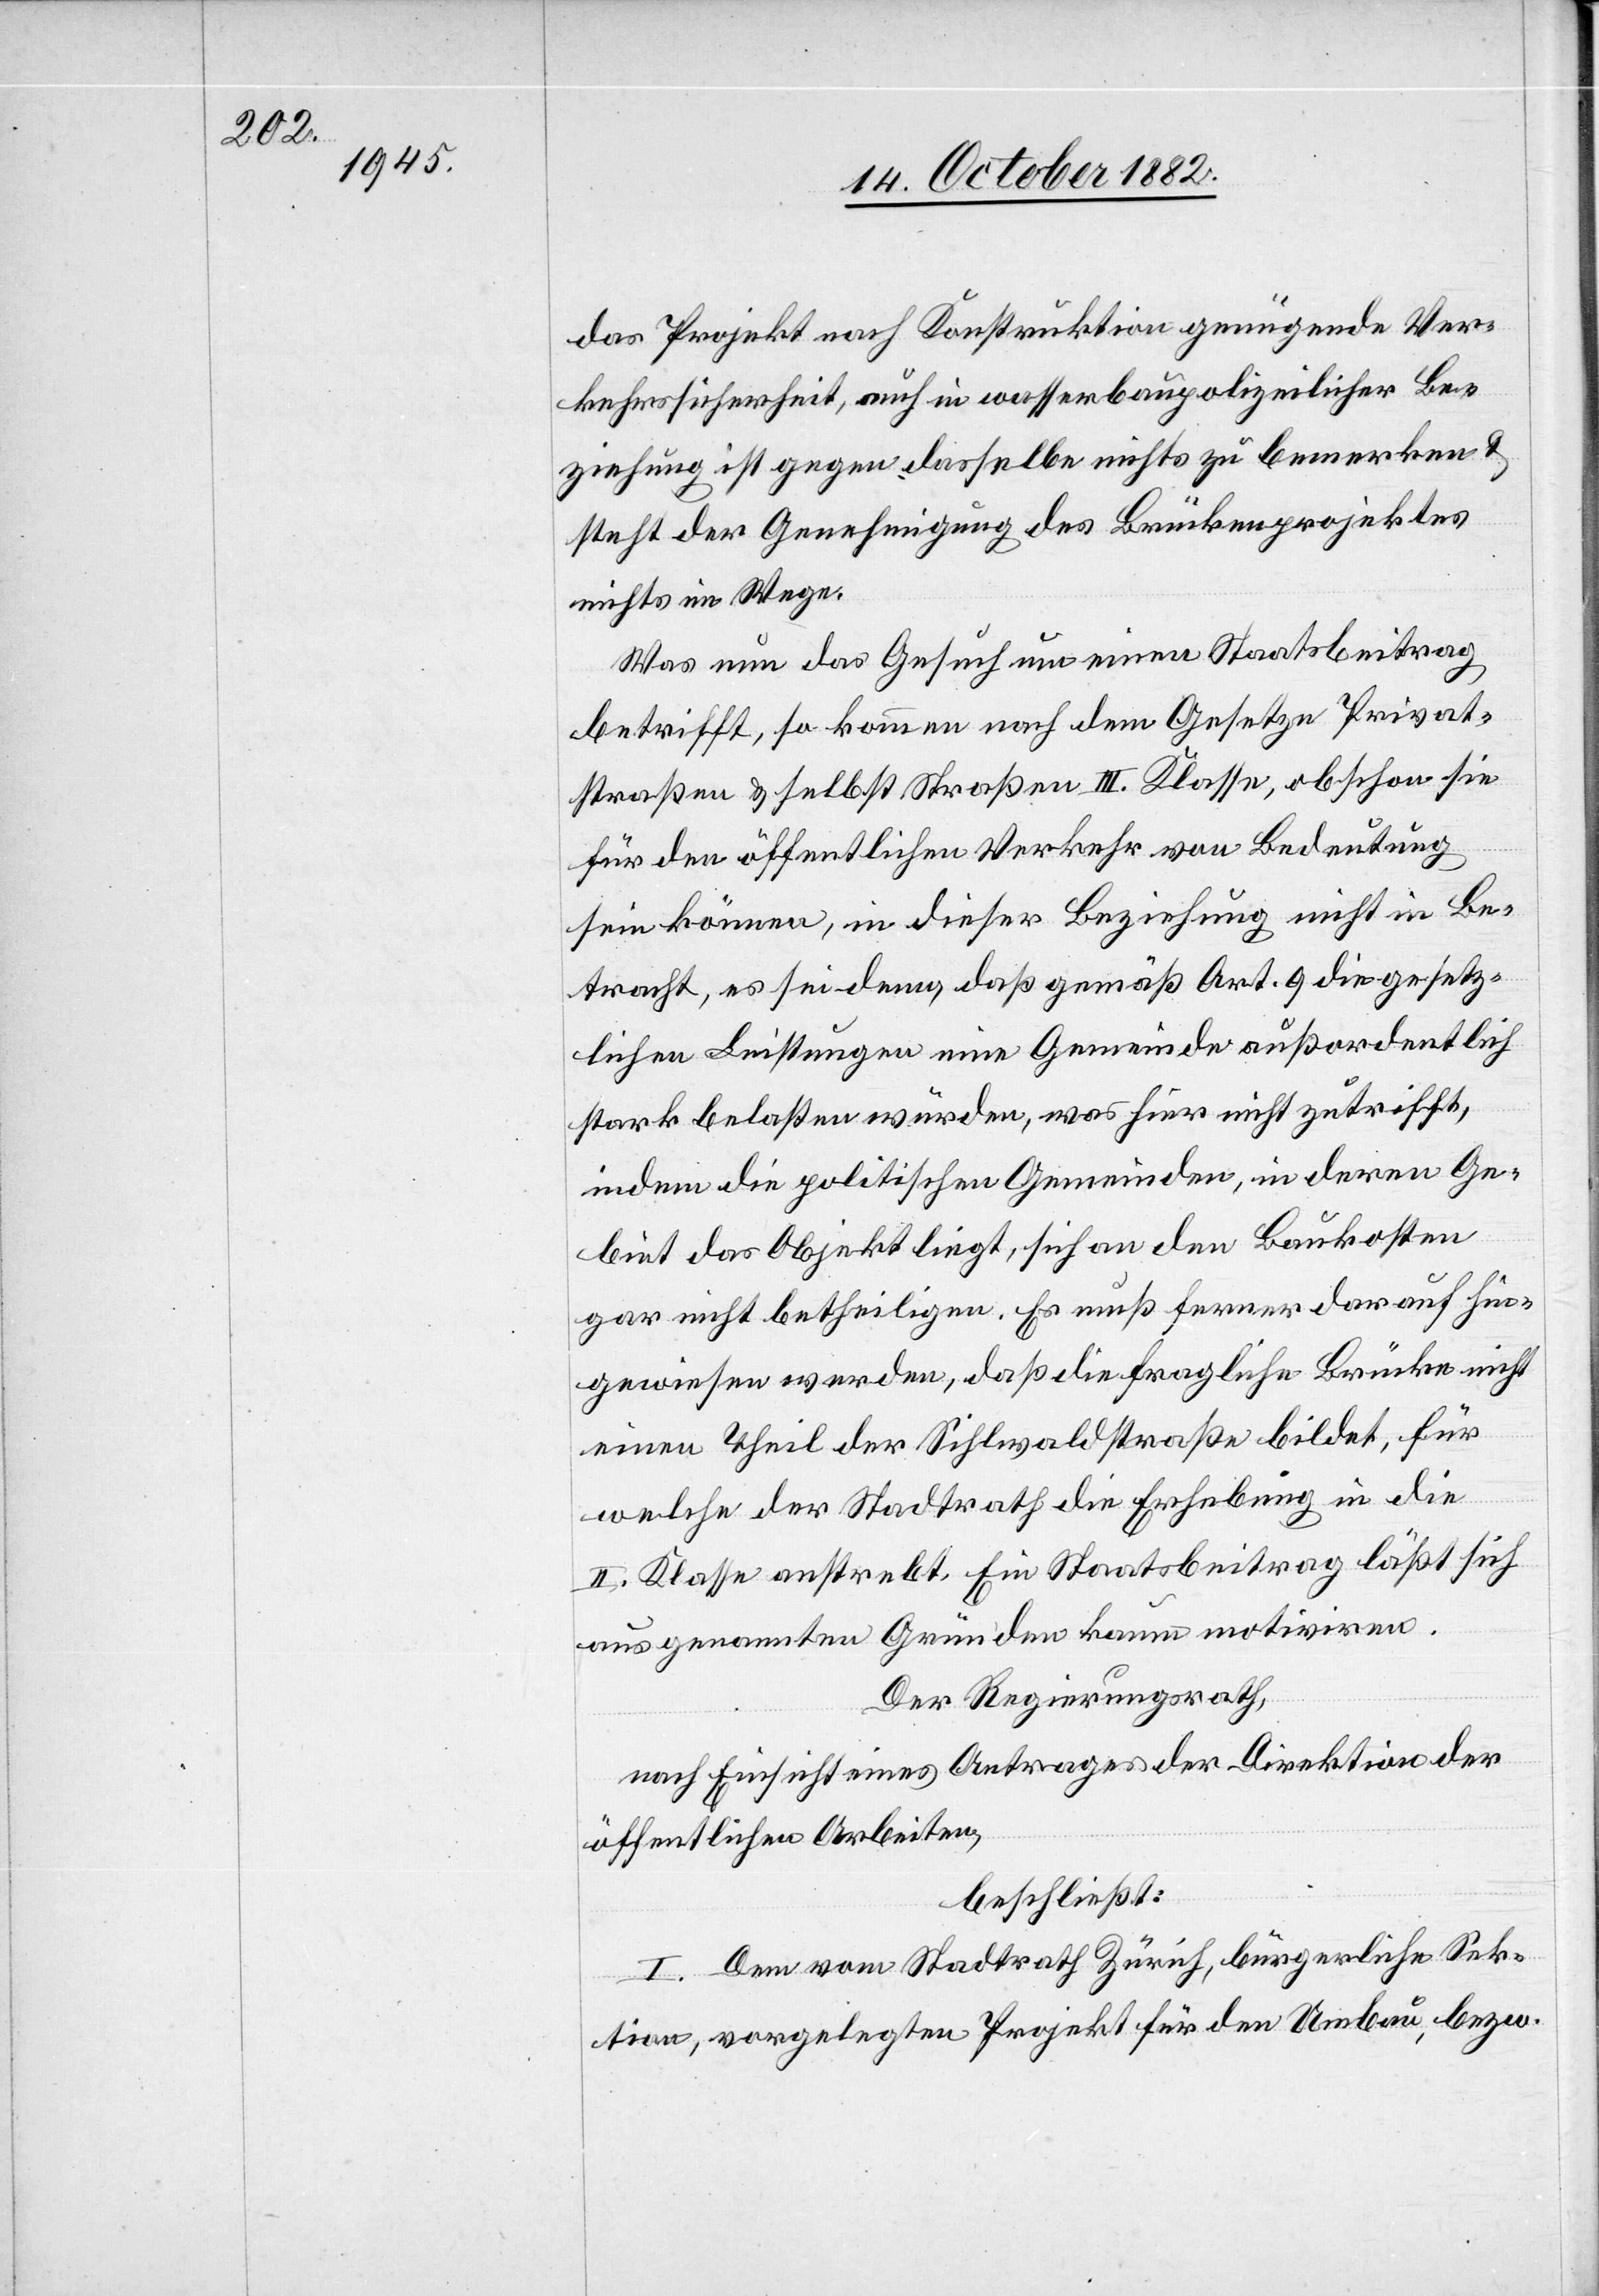
das Projekt nach Konstruktion genügende Ver¬
kehrssicherheit, auch in wasserbaupolizeilicher Be¬
ziehung ist gegen dasselbe nichts zu bemerken &
steht der Genehmigung des Brückenprojektes
nichts im Wege.
Was nun das Gesuch um einen Staatsbeitrag
betrifft, so kommen nach dem Gesetze Privat¬
straßen & selbst Straßen III. Klasse, obschon sie
für den öffentlichen Verkehr von Bedeutung
sein können, in dieser Beziehung nicht in Be¬
tracht, es sei denn, daß gemäß Art. 9 die gesetz¬
lichen Leistungen eine Gemeinde außerordentlich
stark belasten würden, was hier nicht zutrifft,
indem die politischen Gemeinden, in deren Ge¬
biet das Objekt liegt, sich an den Baukosten
gar nicht betheiligen. Es muß ferner darauf hin¬
gewiesen werden, daß die fragliche Brücke nicht
einen Theil der Sihlwaldstraße bildet, für
welche der Stadtrath Erhebung in die
II. Klasse anstrebt. Ein Staatsbeitrag läßt sich
aus genannten Gründen kaum motiviren.
Der Regierungsrath,
nach Einsicht eines Antrages der Direktion der
öffentlichen Arbeiten,
beschließt:
I. Dem vom Stadtrath Zürich, bürgerliche Sek¬
tion, vorgelegten Projekt für den Umbau, bezw.